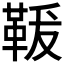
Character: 𩊤